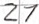
Text: 21